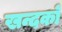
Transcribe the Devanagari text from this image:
खन्दकों